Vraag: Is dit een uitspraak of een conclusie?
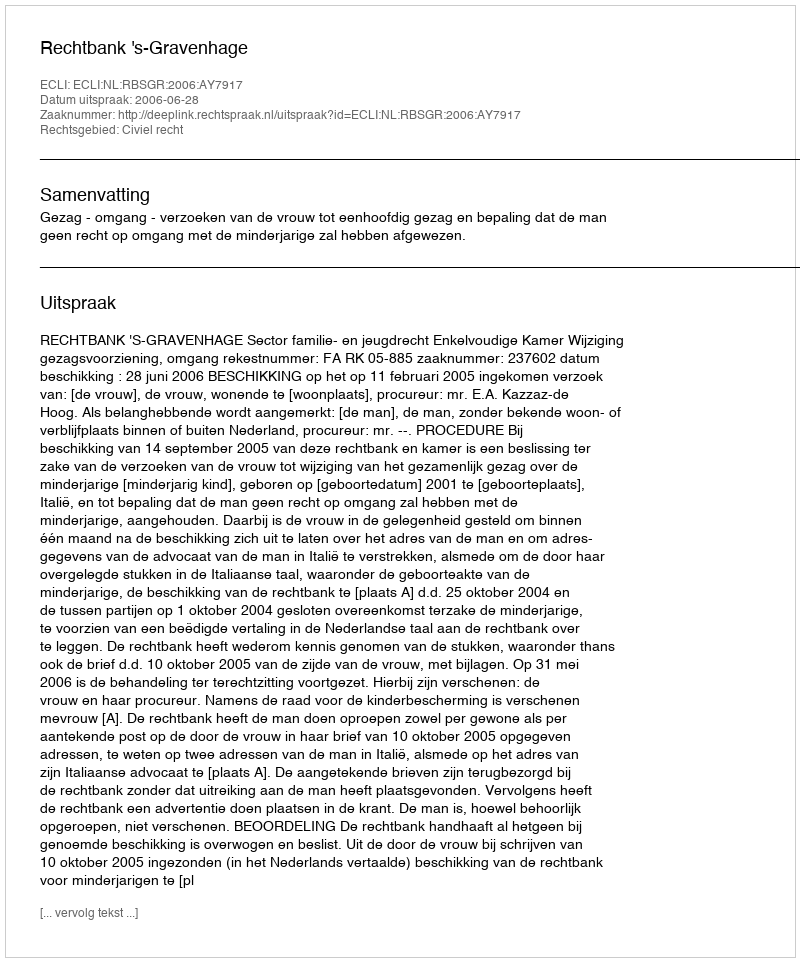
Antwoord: Uitspraak